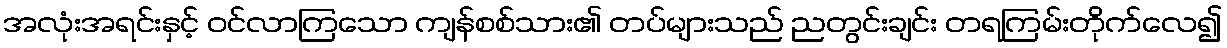
အလုံးအရင်းနှင့် ဝင်လာကြသော ကျန်စစ်သား၏ တပ်များသည် ညတွင်းချင်း တရကြမ်းတိုက်လေ၍